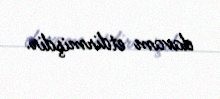
davam etdirmişdir.